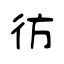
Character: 彷